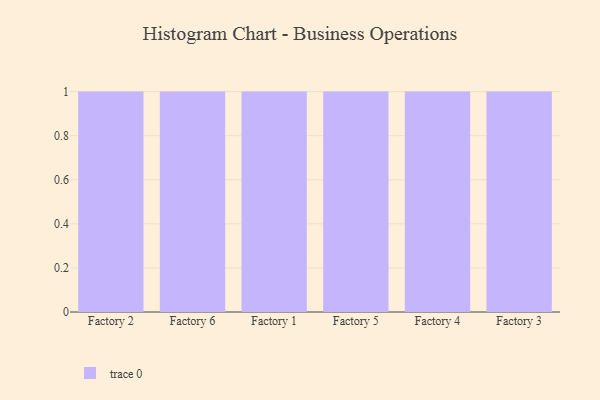
{"axis": {"x": "Factory", "y": "Market Share (%)"}, "legend": [""], "data": [{"x": "Factory 2", "y": 87, "type": ""}, {"x": "Factory 6", "y": 73, "type": ""}, {"x": "Factory 1", "y": 98, "type": ""}, {"x": "Factory 5", "y": 51, "type": ""}, {"x": "Factory 4", "y": 70, "type": ""}, {"x": "Factory 3", "y": 87, "type": ""}]}